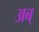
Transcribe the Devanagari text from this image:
अब्